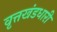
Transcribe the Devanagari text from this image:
वृत्तखंडधारी